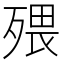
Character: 㱬